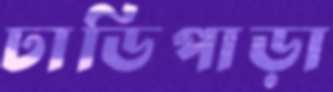
ঢাডিপাড়া